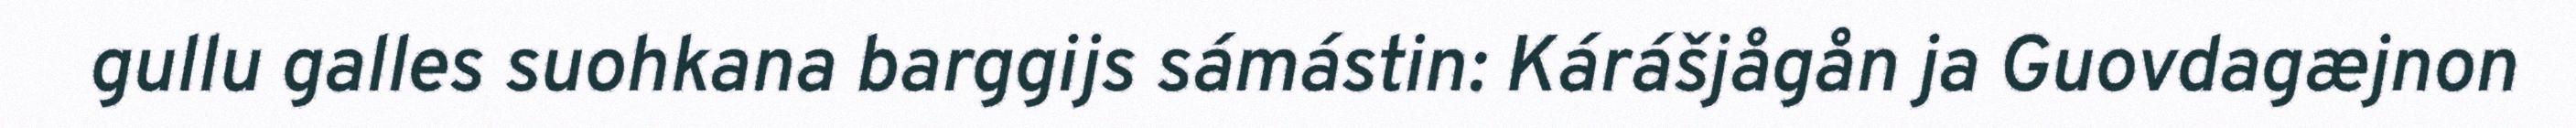
gullu galles suohkana barggijs sámástin: Kárášjågån ja Guovdagæjnon